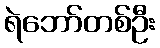
ရဲဘော်တစ်ဦး